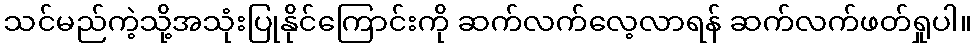
သင်မည်ကဲ့သို့အသုံးပြုနိုင်ကြောင်းကို ဆက်လက်လေ့လာရန် ဆက်လက်ဖတ်ရှုပါ။